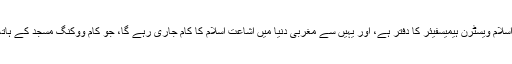
اس گھر میں احمدیہ انجمن اشاعت اسلام ویسٹرن ہیمیسفیئر کا دفتر ہے، اور یہیں سے مغربی دنیا میں اشاعت اسلام کا کام جاری رہے گا، جو کام ووکنگ مسجد کے ہاتھ سے نکل جانے سے رُک گیا تھا۔